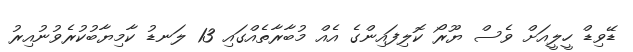
ޑޭވިޑް ހީލީއަށް ވެސް ޔޫރޯ ކޮލިފައިންގެ އެއް މުބާރާތެއްގައި 13 ލަނޑު ކާމިޔާބުކުރެވުނުއިރު